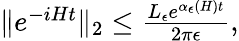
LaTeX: \begin{array}{r}{\| e^{-iHt}\| _{2}\le\frac{L_{\epsilon}e^{\alpha_{\epsilon}(H)t}}{2\pi\epsilon},}\end{array}